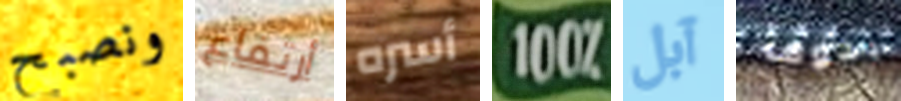
ونصبح أرتفاع أسره 100% آبل بخوف